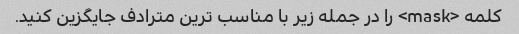
کلمه <mask> را در جمله زیر با مناسب ترین مترادف جایگزین کنید.